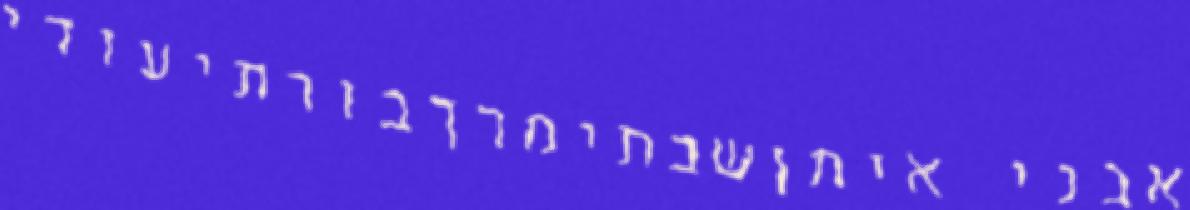
אבני איתןשבתימרךבורתיעודי